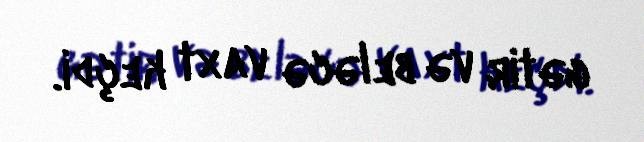
gətir və beləcə vaxt keçdi.